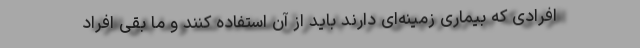
افرادی که بیماری زمینه‌ای دارند باید از آن استفاده کنند و ما بقی افراد